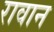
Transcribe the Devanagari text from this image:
रावान